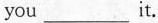
you___it.